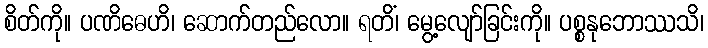
စိတ်ကို။ ပဏိဓေဟိ၊ ဆောက်တည်လော။ ရတိံ၊ မွေ့လျော်ခြင်းကို။ ပစ္စနုဘောဿသိ၊